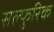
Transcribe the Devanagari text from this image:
सल्फुरिक